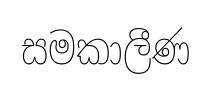
සමකාලීණ